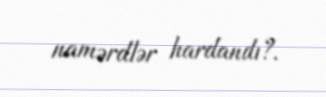
namərdlər hardandı?.